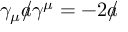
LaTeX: \gamma _ { \mu } { a \! \! \! / } \gamma ^ { \mu } = - 2 { a \! \! \! / }